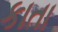
કાતા